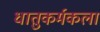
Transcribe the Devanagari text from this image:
धातुकर्मकला